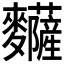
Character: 𪎅